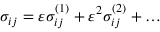
\sigma _ { i j } = \varepsilon \sigma _ { i j } ^ { ( 1 ) } + \varepsilon ^ { 2 } \sigma _ { i j } ^ { ( 2 ) } + \dots